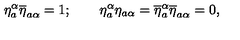
\eta _ { a } ^ { \alpha } \overline { { \eta } } _ { a \alpha } = 1 ; \qquad \eta _ { a } ^ { \alpha } { \eta } _ { a \alpha } = \overline { { \eta } } _ { a } ^ { \alpha } \overline { { \eta } } _ { a \alpha } = 0 ,